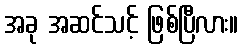
အခု အဆင်သင့် ဖြစ်ပြီလား။